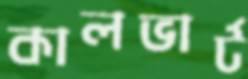
কালভার্ট